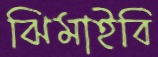
ঝিমাইবি